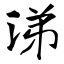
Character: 涕